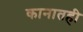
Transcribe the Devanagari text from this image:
कानातही